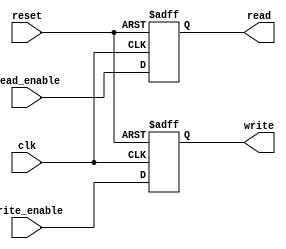
module timing_control(
    input wire clk,
    input wire reset,
    input wire read_enable,
    input wire write_enable,
    output wire read,
    output wire write
);

reg read;
reg write;

always @(posedge clk or posedge reset) begin
    if (reset) begin
        read <= 1'b0;
        write <= 1'b0;
    end else begin
        read <= read_enable;
        write <= write_enable;
    end
end

endmodule